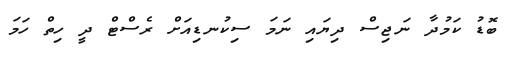
ބޮޑު ކަމުދާ ނަޖިސް ދިޔައި ނަމަ ސިކުނޑިއަށް ރެސްޓް ދީ ހިތް ހަމަ